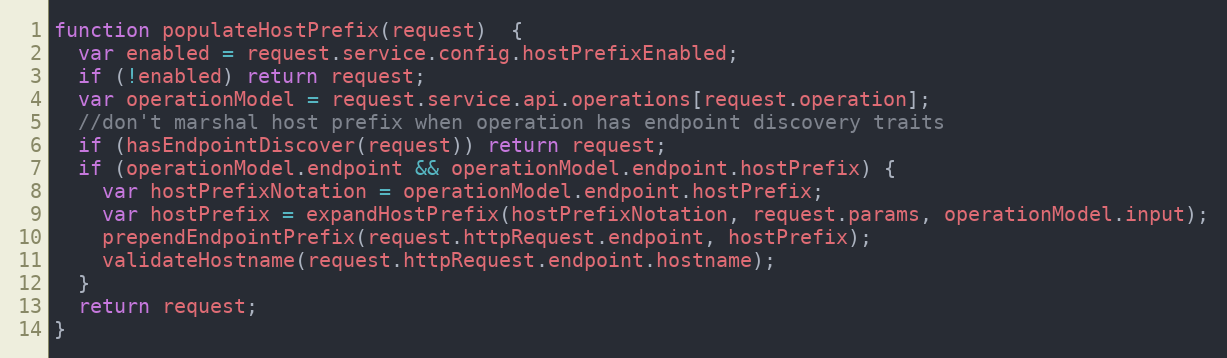
Language: JavaScript
function populateHostPrefix(request)  {
  var enabled = request.service.config.hostPrefixEnabled;
  if (!enabled) return request;
  var operationModel = request.service.api.operations[request.operation];
  //don't marshal host prefix when operation has endpoint discovery traits
  if (hasEndpointDiscover(request)) return request;
  if (operationModel.endpoint && operationModel.endpoint.hostPrefix) {
    var hostPrefixNotation = operationModel.endpoint.hostPrefix;
    var hostPrefix = expandHostPrefix(hostPrefixNotation, request.params, operationModel.input);
    prependEndpointPrefix(request.httpRequest.endpoint, hostPrefix);
    validateHostname(request.httpRequest.endpoint.hostname);
  }
  return request;
}